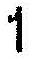
1